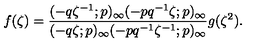
f ( \zeta ) = \frac { ( - q \zeta ^ { - 1 } ; p ) _ { \infty } ( - p q ^ { - 1 } \zeta ; p ) _ { \infty } } { ( - q \zeta ; p ) _ { \infty } ( - p q ^ { - 1 } \zeta ^ { - 1 } ; p ) _ { \infty } } g ( \zeta ^ { 2 } ) .